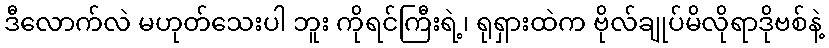
ဒီလောက်လဲ မဟုတ်သေးပါ ဘူး ကိုရင်ကြီးရဲ့၊ ရုရှားထဲက ဗိုလ်ချုပ်မိလိုရာဒိုဗစ်နဲ့